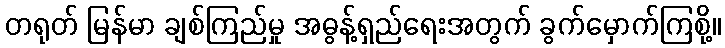
တရုတ် မြန်မာ ချစ်ကြည်မှု အဓွန့်ရှည်ရေးအတွက် ခွက်မှောက်ကြစို့။